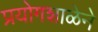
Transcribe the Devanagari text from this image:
प्रयोगशाळेने